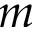
m